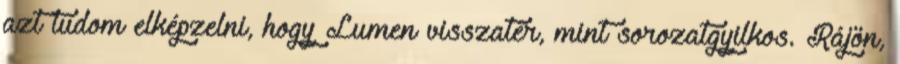
azt tudom elképzelni, hogy Lumen visszatér, mint sorozatgyilkos. Rájön,